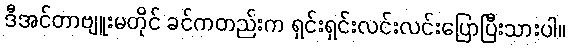
ဒီအင်တာဗျူးမတိုင် ခင်ကတည်းက ရှင်းရှင်းလင်းလင်းပြောပြီးသားပါ။